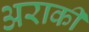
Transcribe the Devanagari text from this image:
अराकी